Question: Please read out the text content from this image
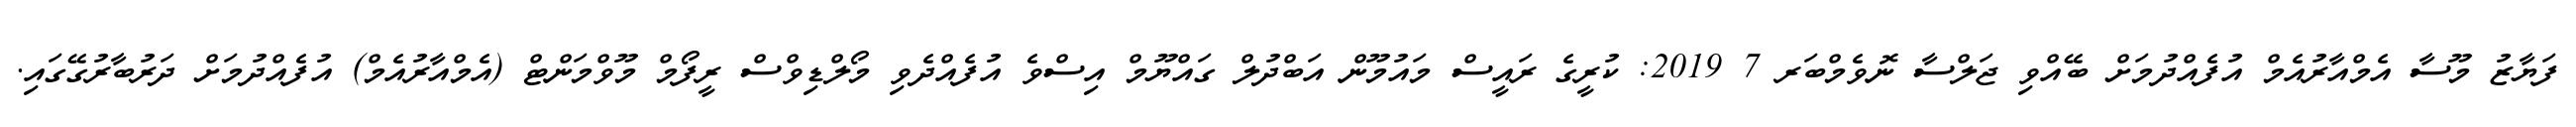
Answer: ފަޔާޒު މޫސާ އެމްއާރުއެމް އުފެއްދުމަށް ބޭއްވި ޖަލްސާ ނޮވެމްބަރ 7 2019: ކުރީގެ ރައީސް މައުމޫން އަބްދުލް ގައްޔޫމް އިސްވެ އުފެއްދެވި މޯލްޑިވްސް ރީފޯމް މޫވްމަންޓް (އެމްއާރުއެމް) އުފެއްދުމަށް ދަރުބާރުގޭގައި.